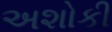
અશોકી